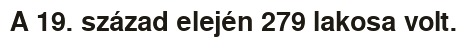
A 19. század elején 279 lakosa volt.